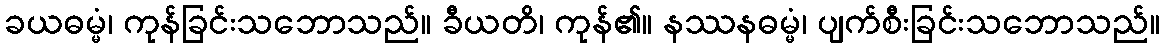
ခယဓမ္မံ၊ ကုန်ခြင်းသဘောသည်။ ခီယတိ၊ ကုန်၏။ နဿနဓမ္မံ၊ ပျက်စီးခြင်းသဘောသည်။